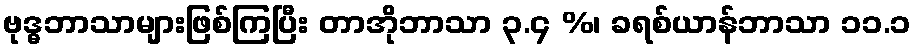
ဗုဒ္ဓဘာသာများဖြစ်ကြပြီး တာအိုဘာသာ ၃.၄ %၊ ခရစ်ယာန်ဘာသာ ၁၁.၁